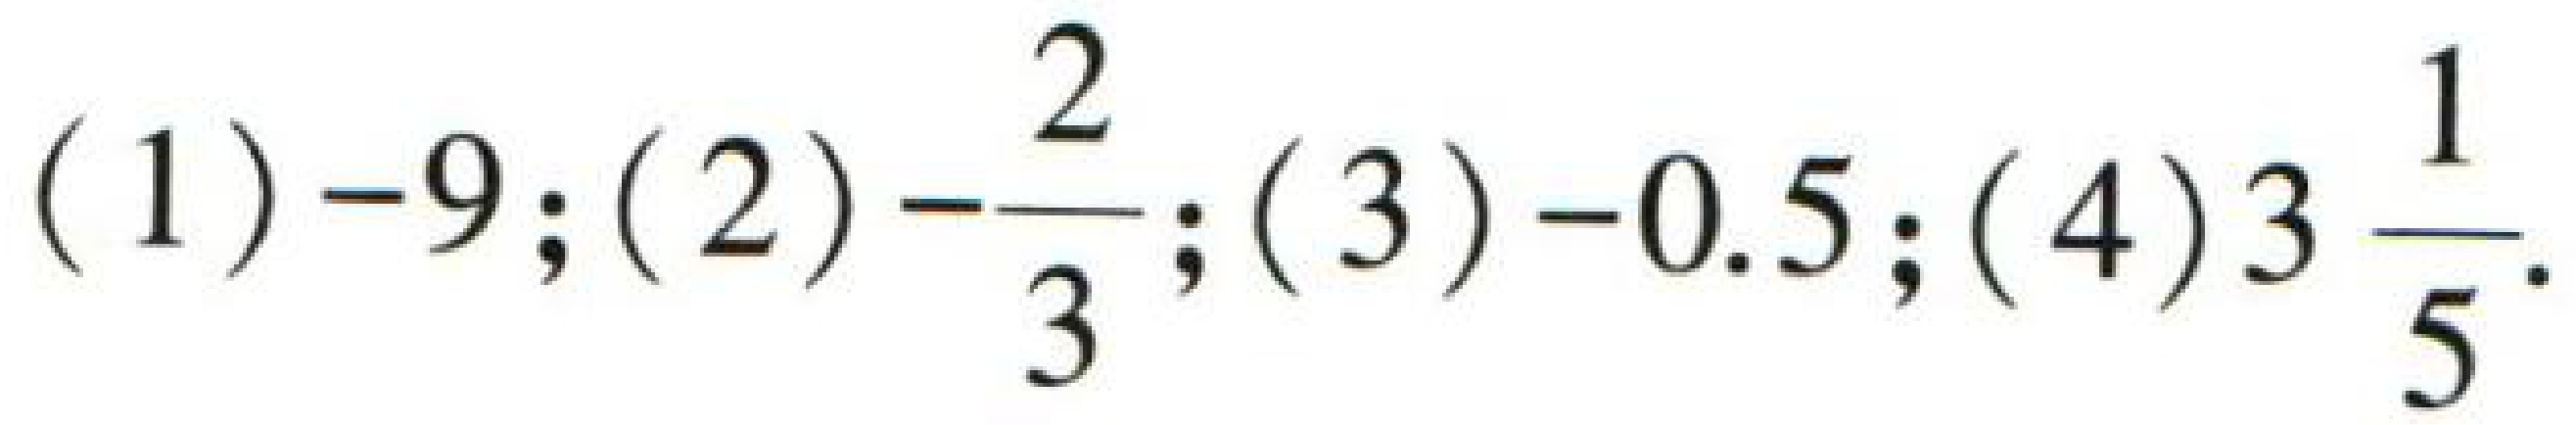
(1) \(-9\); (2) \(-\dfrac{2}{3}\); (3) \(-0.5\); (4) \(3\dfrac{1}{5}\).